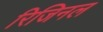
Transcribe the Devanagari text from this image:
रिजिनल